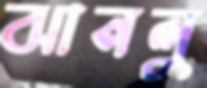
ঝানলু